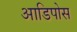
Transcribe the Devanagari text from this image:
आडिपोस